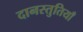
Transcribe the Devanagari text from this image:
दानस्तुतियाँ